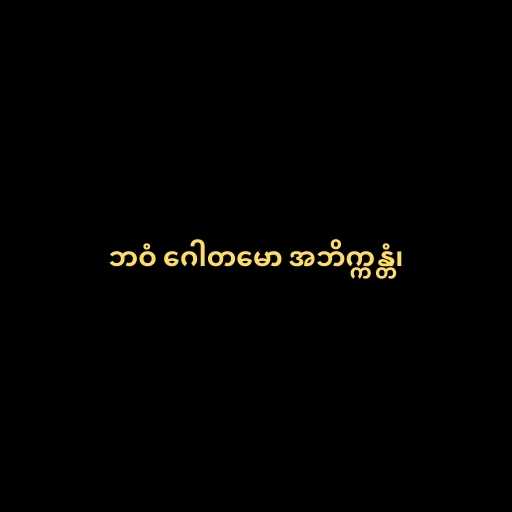
ဘဝံ ဂေါတမော အဘိက္ကန္တံ၊